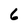
Character: 6